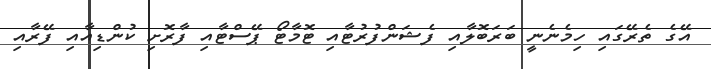
އޭގެ ތެރޭގައި ހިމެނެނީ ބަރަބޮލާއި ފެޝަންފުރުޓާއި ޓޮމާޓޯ ޕޭސްޓާއި ފާރޮށި ކުންޑިއާއި ފޭރާއި